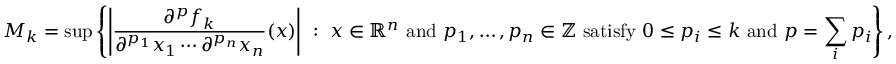
M _ { k } = \operatorname* { s u p } \left\{ \left| { \frac { \partial ^ { p } f _ { k } } { \partial ^ { p _ { 1 } } x _ { 1 } \cdots \partial ^ { p _ { n } } x _ { n } } } ( x ) \right| ~ : ~ x \in \mathbb { R } ^ { n } { \mathrm { ~ a n d ~ } } p _ { 1 } , \ldots , p _ { n } \in \mathbb { Z } { \mathrm { ~ s a t i s f y ~ } } 0 \leq p _ { i } \leq k { \mathrm { ~ a n d ~ } } p = \sum _ { i } p _ { i } \right\} ,